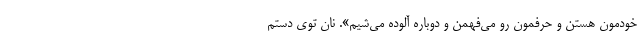
خودمون هستن و حرفمون رو می‌فهمن و دوباره آلوده می‌شیم». نان توی دستم